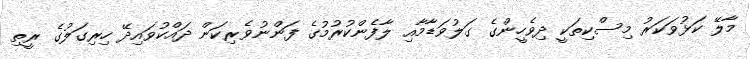
މާލޭ ކަޅުވަކަރު މިސްކިތަކީ ދިވެހީންގެ ގަލުވަޑާމާއި ލާފެންކުރުމުގެ ފަންނުވެރިކަން ދައްކުވައިދޭ ހިރިގަލުގެ ރީތި